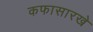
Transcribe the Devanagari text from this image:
कफासारखे